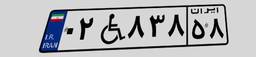
۰۲W۸۳۸۵۸